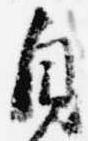
自